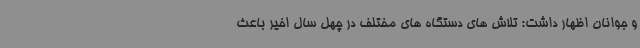
و جوانان اظهار داشت: تلاش های دستگاه های مختلف در چهل سال اخیر باعث